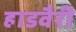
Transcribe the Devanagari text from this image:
हाडवैरी